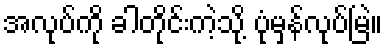
အလုပ်ကို ခါတိုင်းကဲ့သို့ ပုံမှန်လုပ်မြဲ။